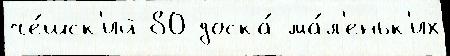
че́шск'ий 80 доска́ ма́л'еньк'их